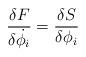
LaTeX: \begin{align*}{\delta F \over \delta \dot{\phi_i}} = {\delta S \over \delta \phi_i}\end{align*}